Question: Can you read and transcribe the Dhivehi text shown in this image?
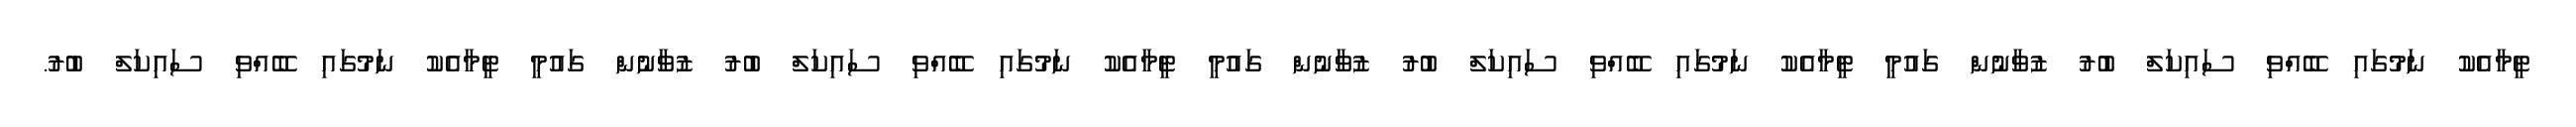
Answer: ޓީމާއެކު ނަމުގައި ބޭއްވި ސައިކަލް ބުރު ޒުވާނުން ގައުމީ ޓީމާއެކު ނަމުގައި ބޭއްވި ސައިކަލް ބުރު ޒުވާނުން ގައުމީ ޓީމާއެކު ނަމުގައި ބޭއްވި ސައިކަލް ބުރު ޒުވާނުން ގައުމީ ޓީމާއެކު ނަމުގައި ބޭއްވި ސައިކަލް ބުރު.